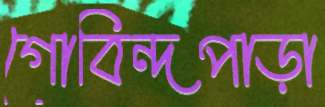
গোবিন্দপাড়া